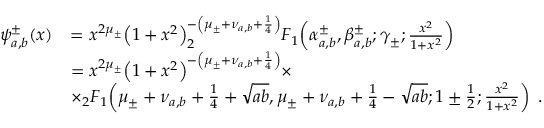
\begin{array} { r l } { \psi _ { a , b } ^ { \pm } ( x ) } & { = x ^ { 2 \mu _ { \pm } } { \left( 1 + x ^ { 2 } \right) } ^ { - \left( \mu _ { \pm } + \nu _ { a , b } + \frac { 1 } { 4 } \right) } _ { 2 } F _ { 1 } \! \left( \alpha _ { a , b } ^ { \pm } , \beta _ { a , b } ^ { \pm } ; \gamma _ { \pm } ; \frac { x ^ { 2 } } { 1 + x ^ { 2 } } \right) } \\ & { = x ^ { 2 \mu _ { \pm } } { \left( 1 + x ^ { 2 } \right) } ^ { - \left( \mu _ { \pm } + \nu _ { a , b } + \frac { 1 } { 4 } \right) } \times } \\ & { \times _ { 2 } F _ { 1 } \! \left( \mu _ { \pm } + \nu _ { a , b } + \frac { 1 } { 4 } + \sqrt { a b } , \mu _ { \pm } + \nu _ { a , b } + \frac { 1 } { 4 } - \sqrt { a b } ; 1 \pm \frac { 1 } { 2 } ; \frac { x ^ { 2 } } { 1 + x ^ { 2 } } \right) \; . } \end{array}